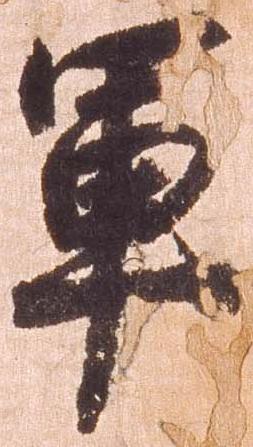
軍